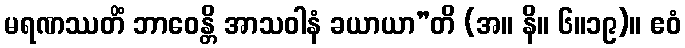
မရဏဿတိံ ဘာဝေန္တိ အာသဝါနံ ခယာယာ”တိ (အ။ နိ။ ၆။၁၉)။ ဧဝံ